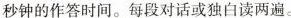
秒钟的作答时间。每段对话或独白读两遍。